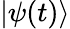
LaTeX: \left|\psi(t)\right\rangle